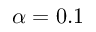
\alpha = 0 . 1